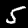
Digit: 5